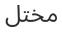
مختل